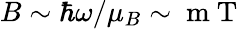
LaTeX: B\sim\hbar\omega/\mu_{B}\sim\mathrm{~m~T~}